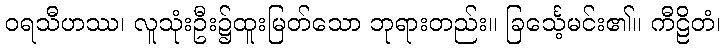
ဝရသီဟဿ၊ လူသုံးဦး၌ထူးမြတ်သော ဘုရားတည်း။ ခြင်္သေ့မင်း၏။ ကီဠိတံ၊